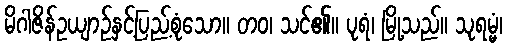
မိဂါဇိန်ဥယျာဉ်နှင့်ပြည့်စုံသော။ တဝ၊ သင်၏။ ပုရံ၊ မြို့သည်။ သုရမ္မံ၊